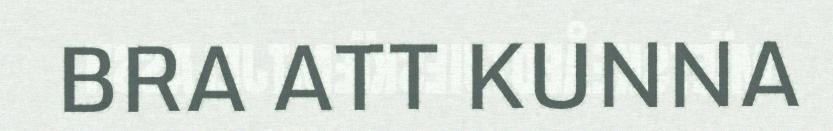
BRA ATT KUNNA